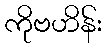
ကိုဗဟိန်း